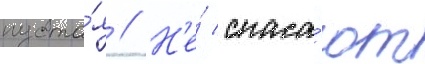
пуста́я // Н'е́ спаса́ют